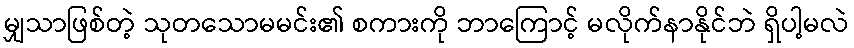
မျှသာဖြစ်တဲ့ သုတသောမမင်း၏ စကားကို ဘာကြောင့် မလိုက်နာနိုင်ဘဲ ရှိပါ့မလဲ